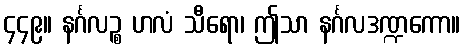
၄၄၉။ နင်္ဂလဉ္စ ဟလံ သီရော၊ ဤသာ နင်္ဂလဒဏ္ဍကော။